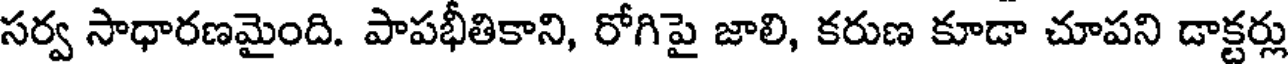
సర్వ సాధారణమైంది. పాపభీతికాని, రోగిపై జాలి, కరుణ కూడా చూపని డాక్టర్లు